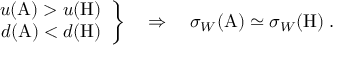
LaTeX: \left. \begin{array} { r } { { u ( \mathrm { A } ) > u ( \mathrm { H } ) } } \\ { { d ( \mathrm { A } ) < d ( \mathrm { H } ) } } \end{array} \right\} \quad \Rightarrow \quad \sigma _ { W } ( \mathrm { A } ) \simeq \sigma _ { W } ( \mathrm { H } ) \; .